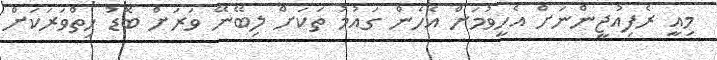
މިއީ ރެފިއުޖީންނަށް އެހީވުމަށް އެހެން ގައުމު ތަކަށް ލިބޭނޭ ވަރަށް ބޮޑު ހިތްވަރަކަށް